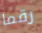
رقما